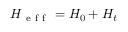
H _ { \mathrm { ~ e ~ f ~ f ~ } } = H _ { 0 } + H _ { t }